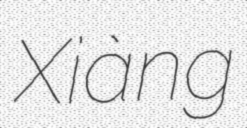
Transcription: Xiàng